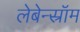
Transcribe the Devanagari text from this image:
लेबेन्स्रॉम